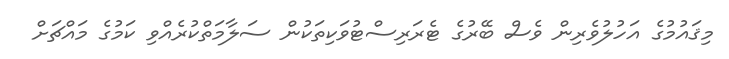
މިޤައުމުގެ އަހުލުވެރިން ވެސް ބޭރުގެ ޓެރަރިސްޓުވަކިތަކުން ސަލާމަތްކުރެއްވި ކަމުގެ މައްޗަށް